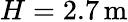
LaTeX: H=2.7\, \textrm{m}